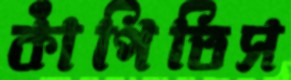
কাঁপিতিস